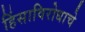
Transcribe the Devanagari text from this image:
हिंसाविरोधाचे